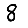
Digit: 8